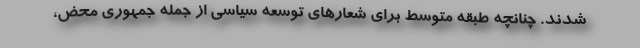
شدند. چنانچه طبقه متوسط برای شعار‌های توسعه سیاسی از جمله جمهوری محض،